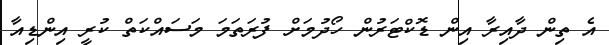
އެ ތިން ދާއިރާ އިން ޑޮކްޓަރުން ހޯދުމަށް ފުރަތަމަ މަސައްކަތް ކުރީ އިންޑިއާ